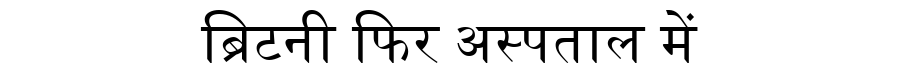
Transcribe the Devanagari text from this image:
ब्रिटनी फिर अस्पताल में